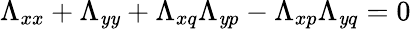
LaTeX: \Lambda_{xx}+\Lambda_{\mathit{y}\mathit{y}}+\Lambda_{xq}\Lambda_{\mathit{y}p}-\Lambda_{xp}\Lambda_{\mathit{y}q}=0